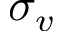
\sigma _ { v }